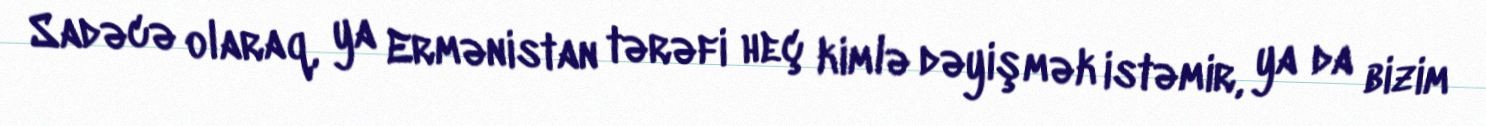
Sadəcə olaraq, ya Ermənistan tərəfi heç kimlə dəyişmək istəmir, ya da bizim